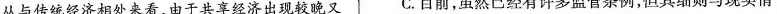
从与传统经济相处来看，由于共享经济出现较晚又 C.目前，虽然已经有许多监管条例，但其细则与现实情